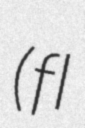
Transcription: (fl